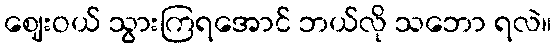
ဈေးဝယ် သွားကြရအောင် ဘယ်လို သဘော ရလဲ။